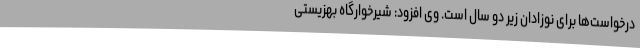
درخواست‌ها برای نوزادان زیر دو سال است. وی افزود: شیرخوارگاه بهزیستی